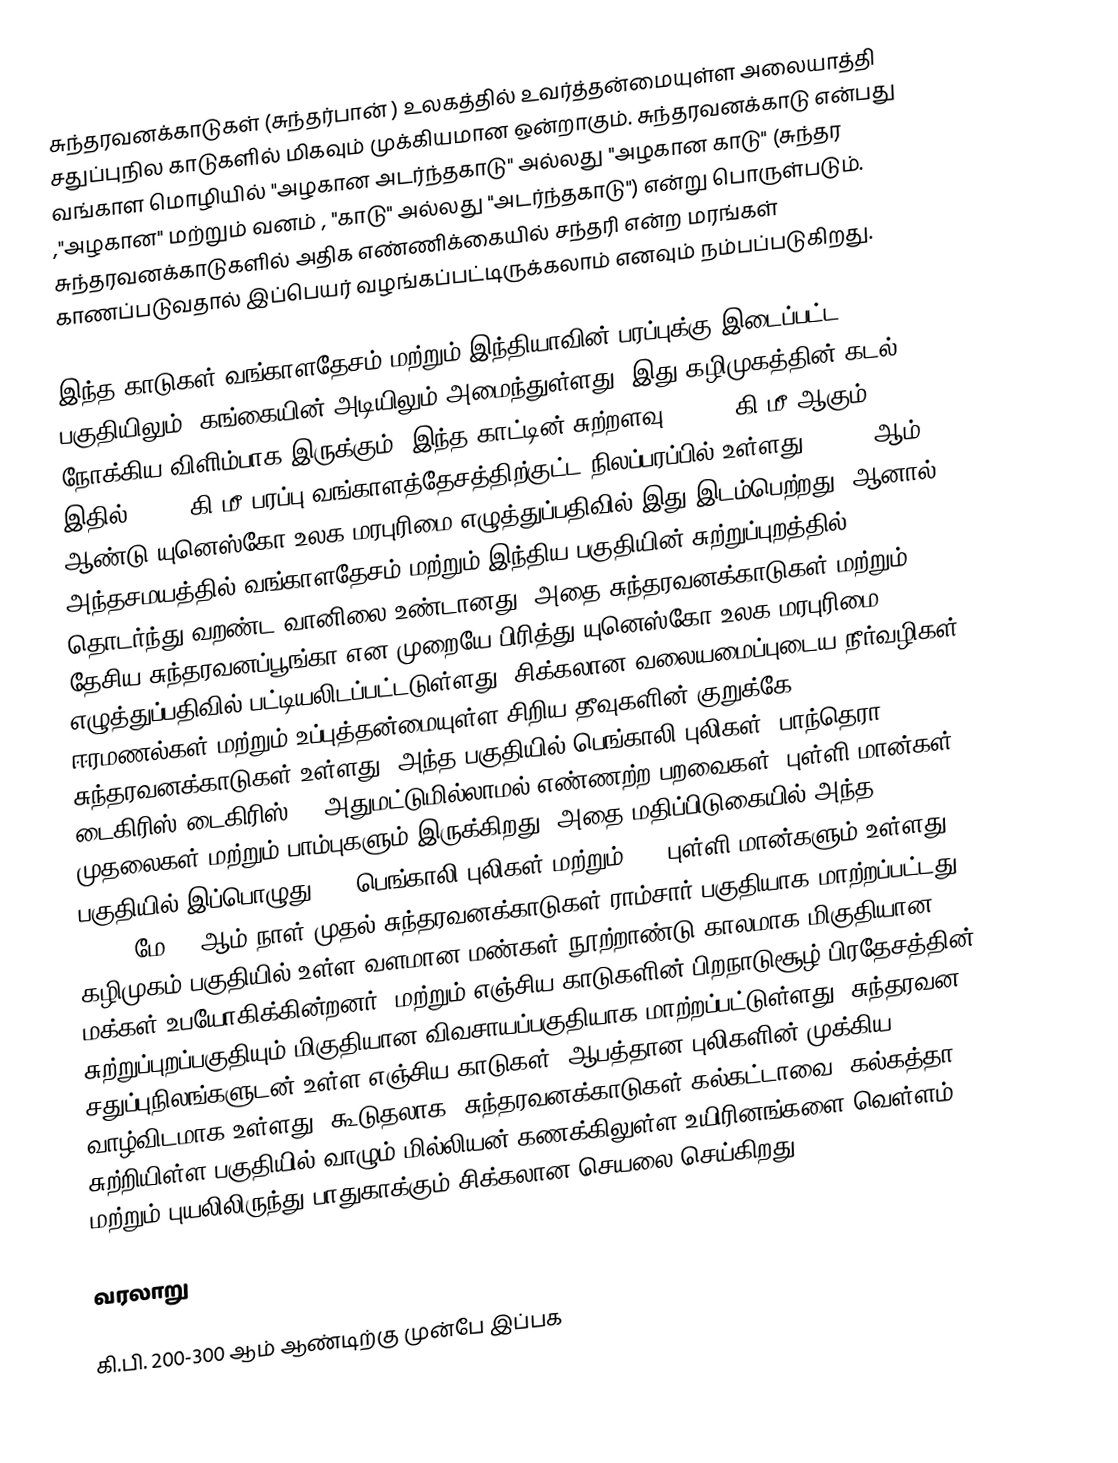
சுந்தரவனக்காடுகள்  (சுந்தர்பான் ) உலகத்தில் உவர்த்தன்மையுள்ள அலையாத்தி சதுப்புநில காடுகளில் மிகவும் முக்கியமான ஒன்றாகும். சுந்தரவனக்காடு  என்பது வங்காள மொழியில் "அழகான அடர்ந்தகாடு" அல்லது "அழகான காடு" (சுந்தர ,"அழகான" மற்றும் வனம் , "காடு" அல்லது "அடர்ந்தகாடு") என்று பொருள்படும். சுந்தரவனக்காடுகளில் அதிக எண்ணிக்கையில் சந்தரி  என்ற மரங்கள் காணப்படுவதால் இப்பெயர் வழங்கப்பட்டிருக்கலாம் எனவும் நம்பப்படுகிறது.

இந்த காடுகள் வங்காளதேசம் மற்றும் இந்தியாவின்  பரப்புக்கு இடைப்பட்ட பகுதியிலும், கங்கையின் அடியிலும் அமைந்துள்ளது, இது கழிமுகத்தின் கடல் நோக்கிய விளிம்பாக இருக்கும். இந்த காட்டின் சுற்றளவு 1௦,௦௦௦ கி.மீ ஆகும். 2 இதில் 6,௦௦௦ கி.மீ பரப்பு வங்காளத்தேசத்திற்குட்ட நிலப்பரப்பில் உள்ளது.. 1997 ஆம் ஆண்டு யுனெஸ்கோ உலக மரபுரிமை எழுத்துப்பதிவில் இது இடம்பெற்றது, ஆனால் அந்தசமயத்தில் வங்காளதேசம் மற்றும் இந்திய பகுதியின் சுற்றுப்புறத்தில் தொடர்ந்து வறண்ட வானிலை உண்டானது, அதை சுந்தரவனக்காடுகள் மற்றும் தேசிய சுந்தரவனப்பூங்கா என முறையே பிரித்து யுனெஸ்கோ உலக மரபுரிமை எழுத்துப்பதிவில் பட்டியலிடப்பட்டடுள்ளது. சிக்கலான வலையமைப்புடைய நீர்வழிகள், ஈரமணல்கள் மற்றும் உப்புத்தன்மையுள்ள சிறிய தீவுகளின் குறுக்கே சுந்தரவனக்காடுகள் உள்ளது. அந்த பகுதியில் பெங்காலி புலிகள் (பாந்தெரா டைகிரிஸ் டைகிரிஸ்) , அதுமட்டுமில்லாமல் எண்ணற்ற பறவைகள், புள்ளி மான்கள், முதலைகள் மற்றும் பாம்புகளும் இருக்கிறது. அதை மதிப்பிடுகையில் அந்த பகுதியில் இப்பொழுது 5௦௦  பெங்காலி புலிகள் மற்றும் 3௦௦ புள்ளி மான்களும் உள்ளது. 1992, மே 21 ஆம் நாள் முதல் சுந்தரவனக்காடுகள் ராம்சார் பகுதியாக மாற்றப்பட்டது. கழிமுகம் பகுதியில் உள்ள வளமான மண்கள் நூற்றாண்டு காலமாக மிகுதியான மக்கள் உபயோகிக்கின்றனர், மற்றும் எஞ்சிய காடுகளின் பிறநாடுசூழ் பிரதேசத்தின் சுற்றுப்புறப்பகுதியும் மிகுதியான விவசாயப்பகுதியாக மாற்றப்பட்டுள்ளது. சுந்தரவன சதுப்புநிலங்களுடன் உள்ள எஞ்சிய காடுகள், ஆபத்தான புலிகளின் முக்கிய வாழ்விடமாக உள்ளது. கூடுதலாக, சுந்தரவனக்காடுகள் கல்கட்டாவை (கல்கத்தா) சுற்றியிள்ள பகுதியில் வாழும் மில்லியன் கணக்கிலுள்ள உயிரினங்களை வெள்ளம் மற்றும் புயலிலிருந்து பாதுகாக்கும் சிக்கலான செயலை செய்கிறது.

வரலாறு

கி.பி. 200-300 ஆம் ஆண்டிற்கு முன்பே இப்பக